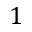
1